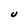
Character: U